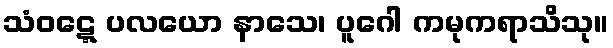
သံဝဋ္ဋေ ပလယော နာသေ၊ ပူဂေါ ကမုကရာသိသု။